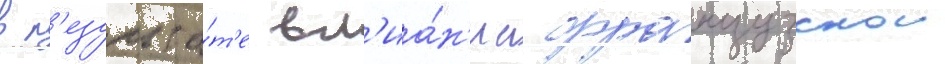
в р'езульта́т'е вл'иа́н'иа французскои